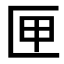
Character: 匣